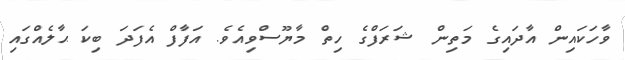
ވާހަކައިން އާދައިގެ މަތިން ޝަރަފްގެ ހިތް މާޔޫސްވިއެވެ. އަފާފް އެފަދަ ބިކަ ޙާލެއްގައި